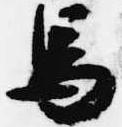
馬